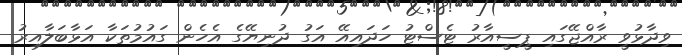
ވިދާޅުވީ ރާއްޖޭގައި ޕީސީއާރު ޓެސްޓު ހަދައިއޭ އަގު ދުނިޔޭގެ އެހެން ގައުމުތަކާ އަޅާބަލާއިރު